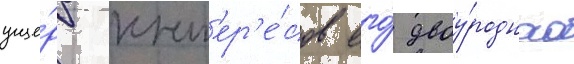
уще́рб инт'ер'е́сов его́ двоу́родного